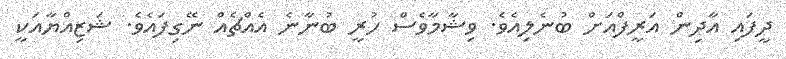
ދީފައި އާދިން އަރީފްއަށް ބުނެލިއެވެ. ވިޝާމާވެސް ހުރީ ބުނާނެ އެއްޗެއް ނޭގިފައެވެ. ޝަޒިއްޔާއަކީ